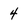
Character: 4